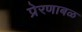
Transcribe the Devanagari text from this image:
प्रेरणाबळ